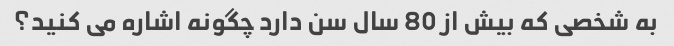
به شخصی که بیش از 80 سال سن دارد چگونه اشاره می کنید؟